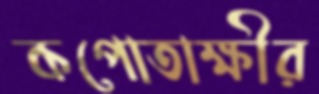
কপোতাক্ষীর